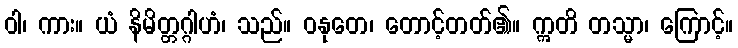
ဝါ၊ ကား။ ယံ နိမိတ္တဂ္ဂါဟံ၊ သည်။ ဝနုတေ၊ တောင့်တတ်၏။ ဣတိ တသ္မာ၊ ကြောင့်။